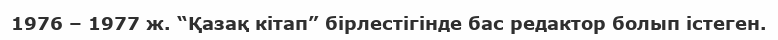
1976 – 1977 ж. “Қазақ кітап” бірлестігінде бас редактор болып істеген.